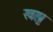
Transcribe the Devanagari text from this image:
खाप्रु